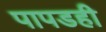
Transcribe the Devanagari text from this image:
पापडही